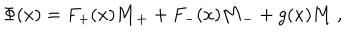
\Phi ( x ) = F _ { + } ( x ) { \bf M _ { + } } + F _ { - } ( x ) { \bf M _ { - } } + g ( x ) { \bf M } \ ,